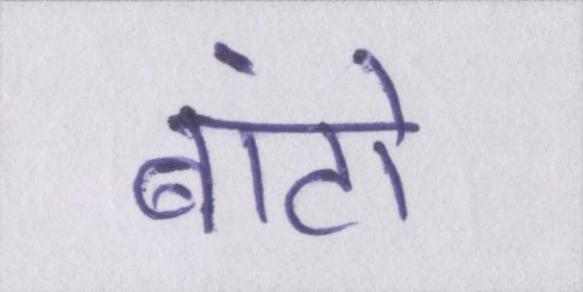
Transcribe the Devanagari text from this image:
बांटो